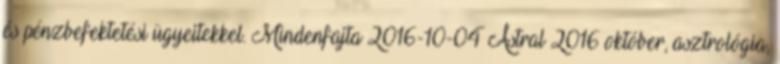
és pénzbefektetési ügyeitekkel. Mindenfajta 2016-10-04 Astral 2016 október, asztrológia,